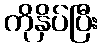
ကိုနှိပ်ပြီး